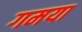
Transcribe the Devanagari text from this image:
गमया